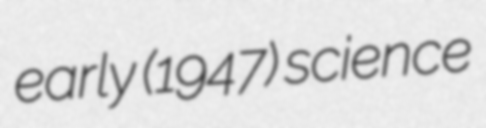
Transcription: early (1947) science